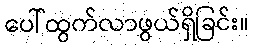
ပေါ်ထွက်လာဖွယ်ရှိခြင်း။